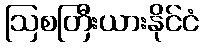
ဩစတြီးယားနိုင်ငံ